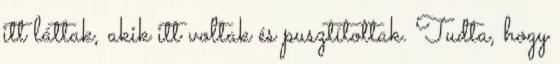
itt láttak, akik itt voltak és pusztítottak. Tudta, hogy